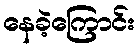
နေခဲ့ကြောင်း